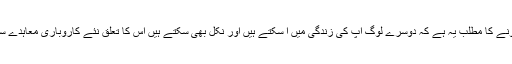
سیارہ شمس کا برج حوت میں ہونے کا مطلب یہ ہے کہ دوسرے لوگ آپ کی زندگی میں آ سکتے ہیں اور نکل بھی سکتے ہیں اس کا تعلق نئے کاروباری معاہدے سے بھی ہے اور شادی سے بھی۔